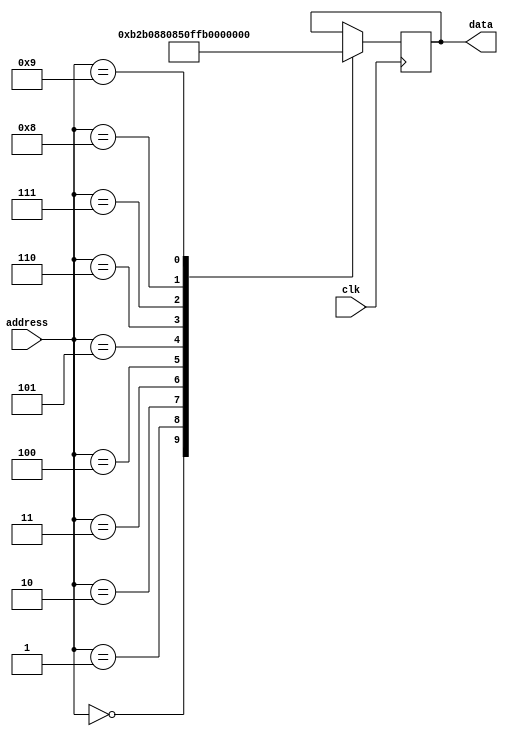
module behaviour (clk, address, data);
input clk;
input [7:0] address;
output reg [7:0] data;

always@(posedge clk)begin
	case (address)
		8'b00000000 : data <= 8'b10110010; //load (data) to register 2
		8'b00000001 : data <= 8'b10110000; //load (data) to register 0
		8'b00000010 : data <= 8'b10001000; //lrotate register 2
		8'b00000011 : data <= 8'b00001000; //add register 2 to register 0
		8'b00000100 : data <= 8'b01010000; //not register 0
		8'b00000101 : data <= 8'b11111111; //do nothing
		8'b00000110 : data <= 8'b10110001; //load (data) to register 1
		8'b00000111 : data <= 8'b10100000; //clear registers
		8'b00001000 : data <= 8'b10000111; //subtract register 1 to register 3
		8'b00001001 : data <= 8'b11000000; //jump to address (data)
	endcase //data = 5
end
endmodule